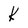
Character: k